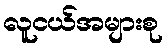
လူငယ်အများစု